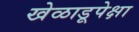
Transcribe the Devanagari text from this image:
खेळाडूपेक्षा